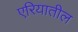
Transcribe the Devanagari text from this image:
एरियातील